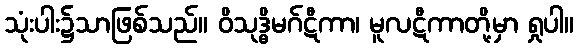
သုံးပါး၌သာဖြစ်သည်။ ဝိသုဒ္ဓိမဂ်ဋီကာ၊ မူလဋီကာတို့မှာ ရှုပါ။